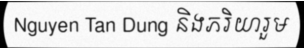
Nguyen Tan Dung និងភរិយារួម